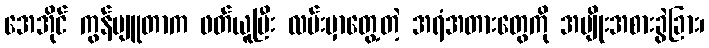
အေအိုင် ကွန်ပျူတာက ဖတ်ယူပြီး လမ်းမှာတွေ့တဲ့ အရံအတားတွေကို အမျိုးအစားခွဲခြား၊